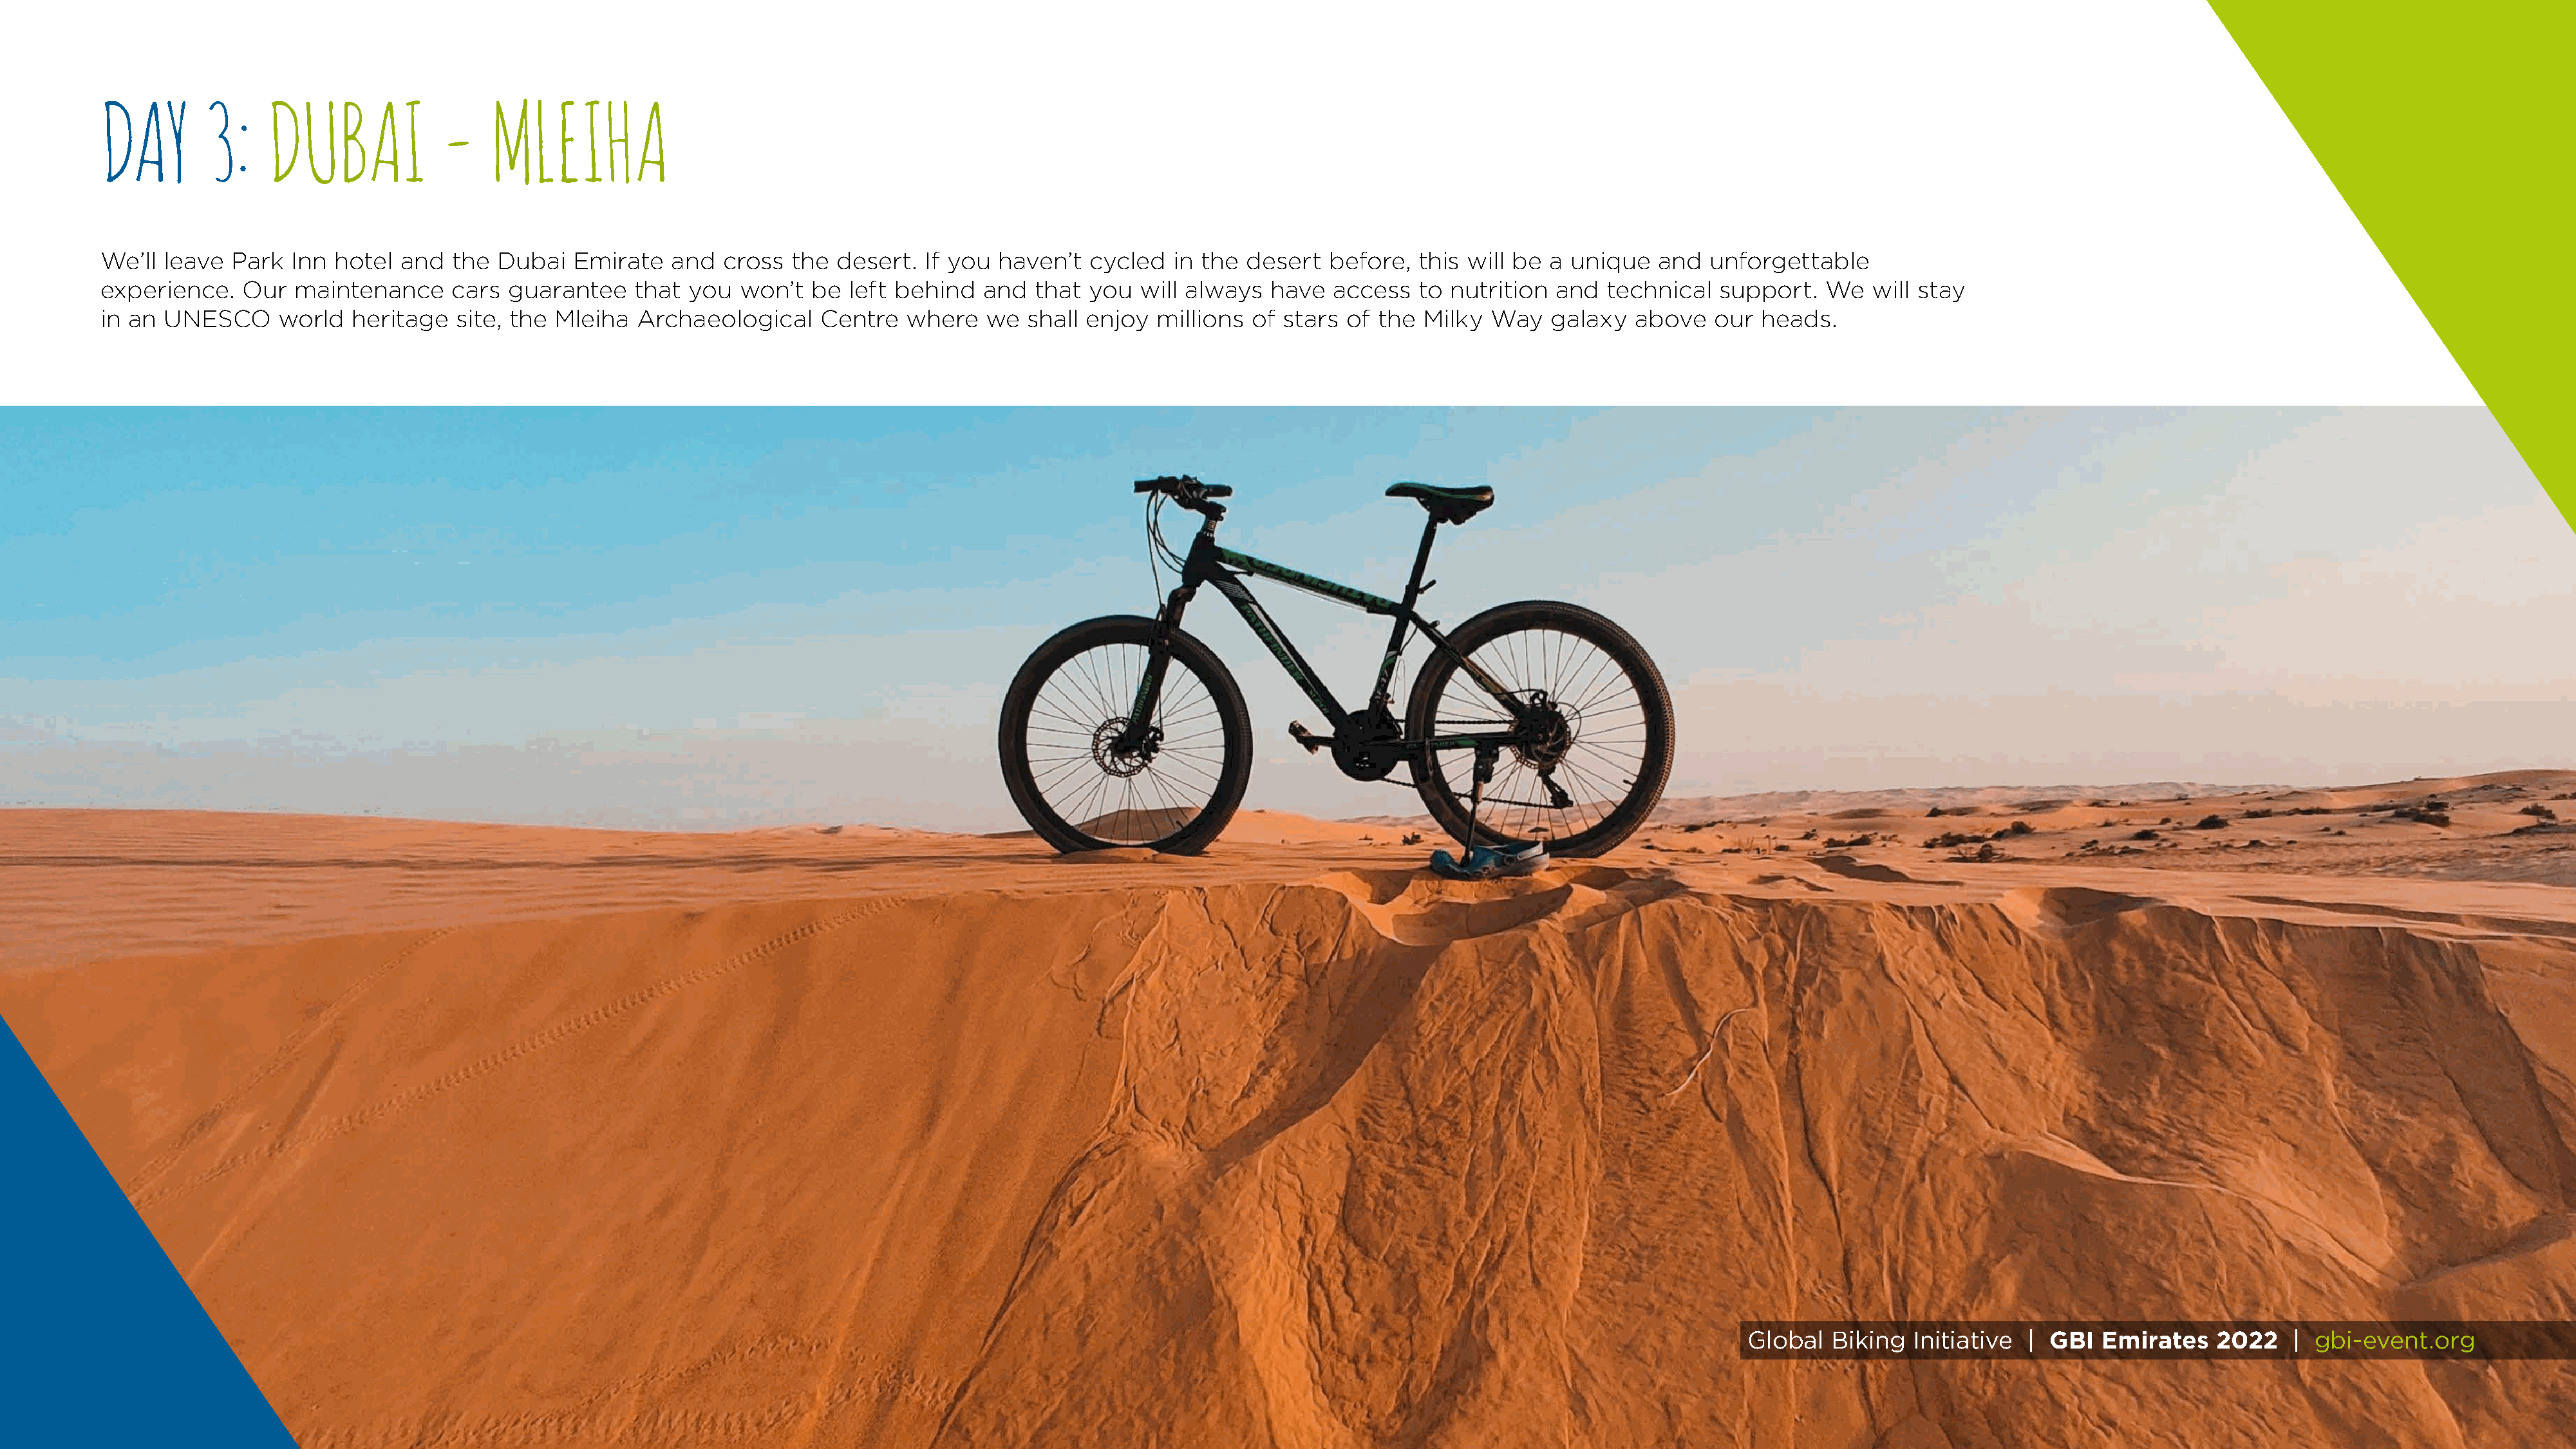
DAY        3:     DUBAI            -    MLEIHA
 We’ll  leave  Park  Inn hotel  and  the  Dubai   Emirate   and  cross  the  desert.  If you  haven’t  cycled   in the desert   before,  this will be a unique   and   unforgettable
 experience.    Our  maintenance     cars  guarantee    that  you  won’t  be  left behind   and  that  you  will always   have  access   to nutrition  and  technical   support.   We  will stay
 in an  UNESCO      world  heritage   site, the Mleiha   Archaeological    Centre   where   we   shall enjoy  millions  of stars of  the Milky  Way   galaxy   above   our  heads.
 Global  Biking   Initiative |  GBI  Emirates    2022    | gbi-event.org